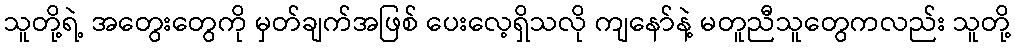
သူတို့ရဲ့ အတွေးတွေကို မှတ်ချက်အဖြစ် ပေးလေ့ရှိသလို ကျနော်နဲ့ မတူညီသူတွေကလည်း သူတို့